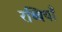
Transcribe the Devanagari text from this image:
रब्बियाँ